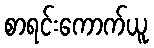
စာရင်းကောက်ယူ